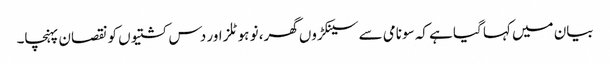
بیان میں کہا گیا ہے کہ سونامی سے سینکڑوں گھر، نو ہوٹلز اور دس کشتیوں کو نقصان پہنچا۔